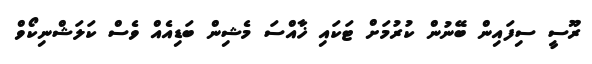
ރޫސީ ސިފައިން ބޭނުން ކުރުމަށް ޓަކައި ޚާއްސަ މެޝިން ބަޑިއެއް ވެސް ކަލަޝްނިކޯވް